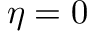
\eta = 0